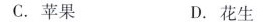
C.苹果 D.花生